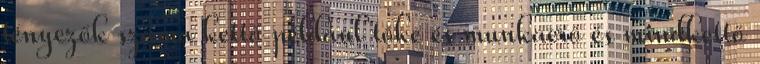
tényezők száma kettő például tőke és munkaerő és mindkettő